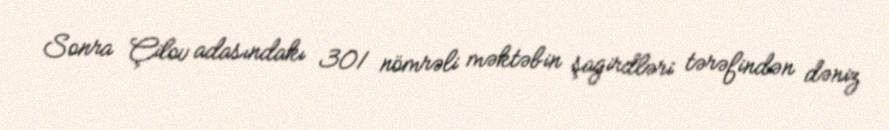
Sonra Çilov adasındakı 301 nömrəli məktəbin şagirdləri tərəfindən dəniz